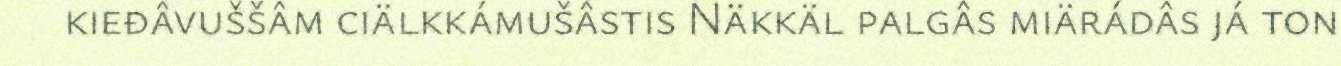
kieđâvuššâm ciälkkámušâstis Näkkäl palgâs miärádâs já ton